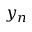
y _ { n }